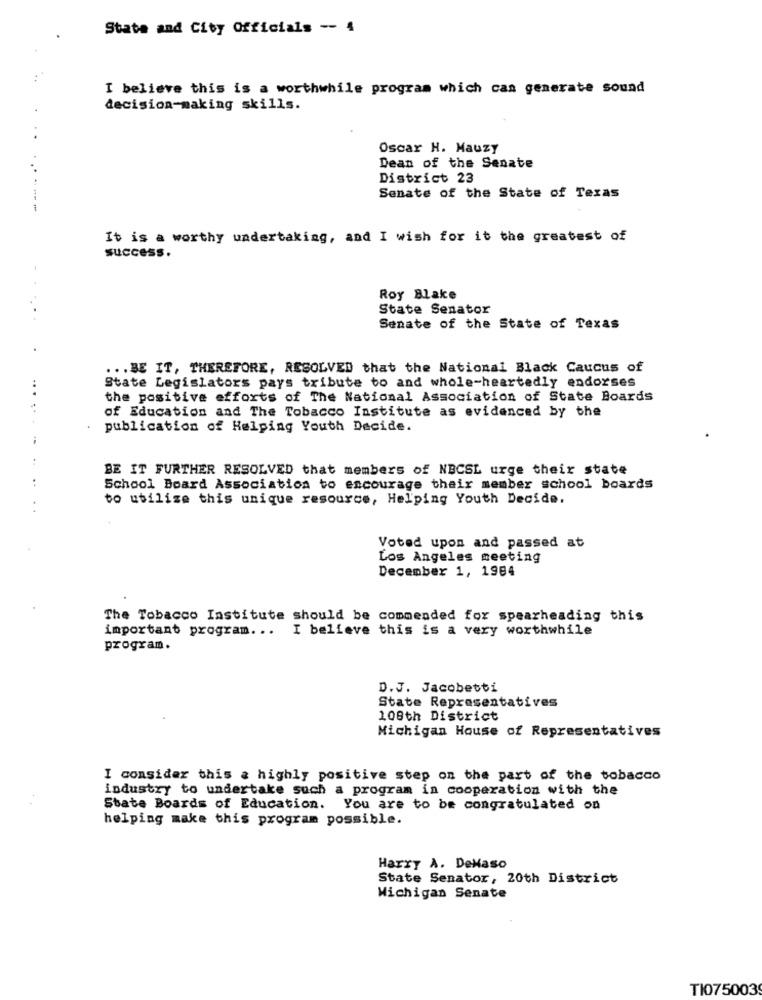
State and City Officials -- 4
I believe this is a worthwhile program which can generate sound
decision-making skills.
. .
Oscar H. Mauzy
Dean of the Senate
District 23
Senate of the State of Texas
----
It is a worthy undertaking, and I wish for it the greatest of
success.
Roy Blake
State Senator
Senate of the State of Texas
... BE IT, THEREFORE, RESOLVED that the National Black Caucus of
State Legislators pays tribute to and whole-heartedly endorses
the positive efforts of The National Association of State Boards
of Education and The Tobacco Institute as evidenced by the
publication of Helping Youth Decide.
BE IT FURTHER RESOLVED that members of NBCSL urge their state
School Board Association to encourage their member school boards
to utilize this unique resource, Helping Youth Decide.
Voted upon and passed at
Los Angeles meeting
December 1, 1984
The Tobacco Institute should be commended for spearheading this
important program. ..
I believe this is a very worthwhile
program.
D.J. Jacobetti
State Representatives
108th District
Michigan House of Representatives
I consider this a highly positive step on the part of the tobacco
industry to undertake such a program in cooperation with the
State Boards of Education. You are to be congratulated on
helping make this program possible.
Harry A. DeMaso
State Senator, 20th District
Michigan Senate
TI075003